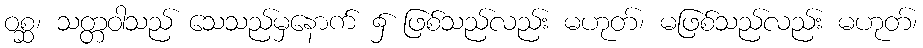
ဝစ္ဆ၊ သတ္တဝါသည် သေသည်မှနောက် ၌ ဖြစ်သည်လည်း မဟုတ်၊ မဖြစ်သည်လည်း မဟုတ်၊